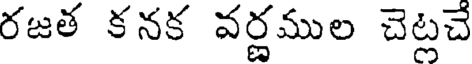
రజత కనక వర్ణముల చెట్లచే